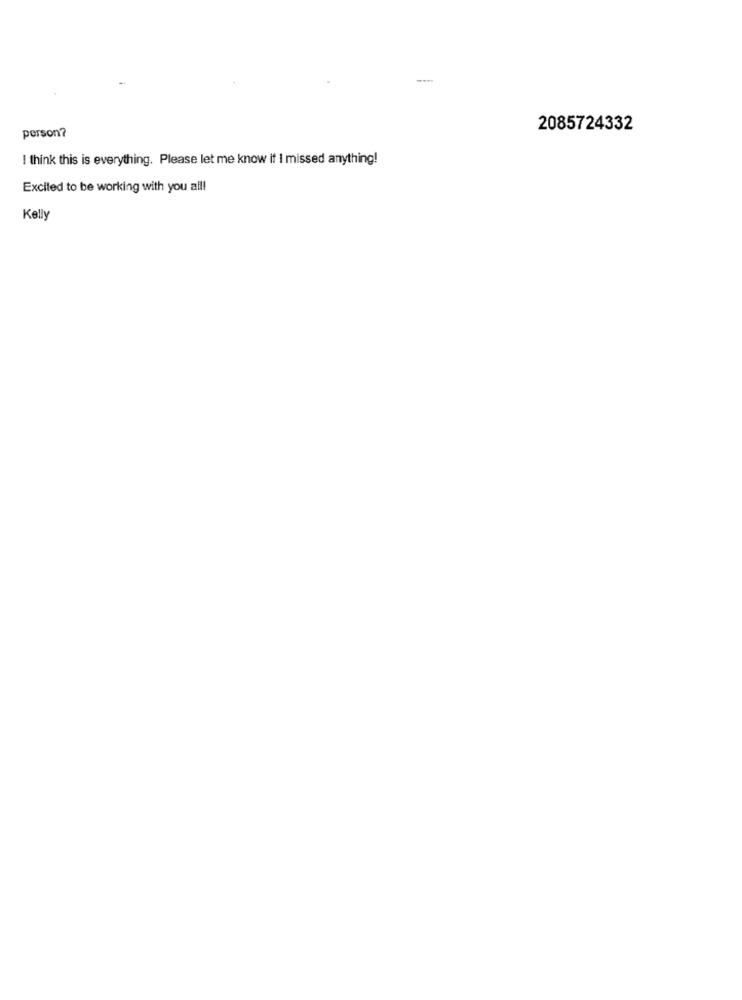
--
person?
2085724332
I think this is everything. Please let me know if I missed anything!
Excited to be working with you all!
Kelly